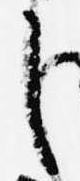
し